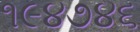
૧૯૪૭૪૬